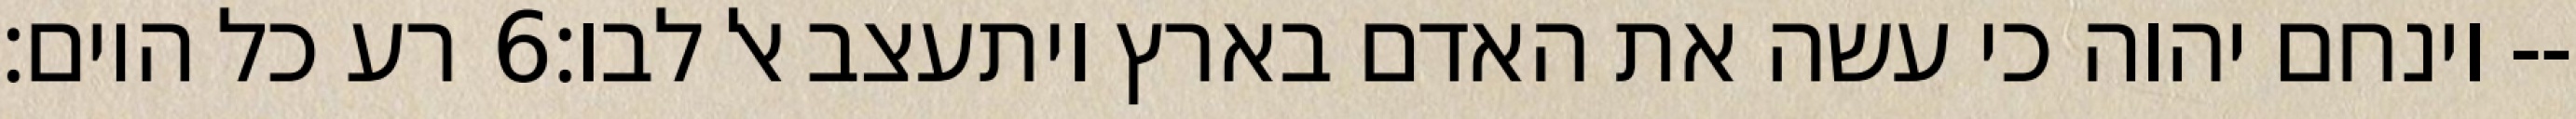
רע כל היום׃ ‎6‏ וינחם יהוה כי עשה את האדם בארץ ויתעצב אל לבו׃--